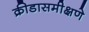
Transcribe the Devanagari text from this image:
क्रीडासमीक्षणे